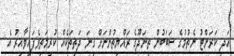
އަދި ކަރަންޓު ނެތުމުގެ ސަބަބުން ތިނަދޫގެ ރައްޔިތުންނަށް ގިނަ ދަތިތަކެއް ކުރިމަތިވެފައިވާއިރު އެ